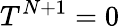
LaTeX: T^{N+1}=0